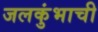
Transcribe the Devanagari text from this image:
जलकुंभाची